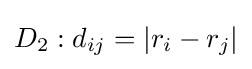
D_{2}:d_{ij}=|r_{i}-r_{j}|